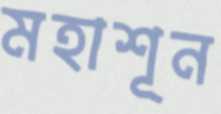
মহাশূন